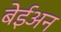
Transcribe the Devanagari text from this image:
बेईअन